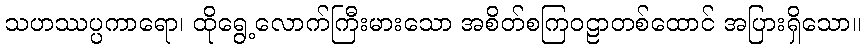
သဟဿပ္ပကာရော၊ ထိုရွေ့လောက်ကြီးမားသော အစိတ်စကြဝဠာတစ်ထောင် အပြားရှိသော။